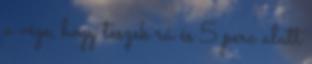
a vége, hogy teszek rá és 5 perc alatt